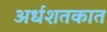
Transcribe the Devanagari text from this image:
अर्धशतकात